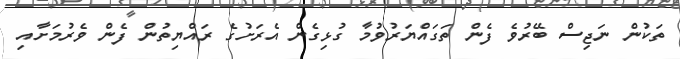
ތަކުން ނަޖިސް ބޭރުވެ ފެން ތަގައްޔަރުވުމާ ގުޅިގެން އެރަށުގެ ރައްޔިތުން ފެން ވެރުމަށާއި